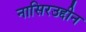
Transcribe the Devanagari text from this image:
नासिरउद्दीन